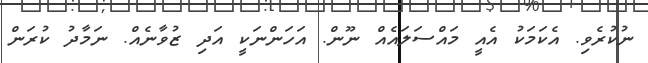
ނުކުރެވި. އެކަމަކު އެއީ މައްސަލައެއް ނޫން. އަހަންނަކީ އަދި ޒުވާނެއް. ނަމާދު ކުރަން